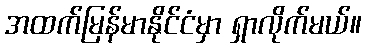
အထက်မြန်မာနိုင်ငံမှာ ရှာလိုက်မယ်။